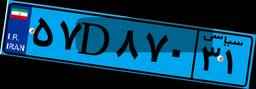
۵۷D۸۷۰۳۱